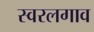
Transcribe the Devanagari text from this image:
स्वरलगाव